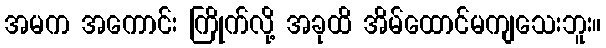
အမက အကောင်း ကြိုက်လို့ အခုထိ အိမ်ထောင်မကျသေးဘူး။